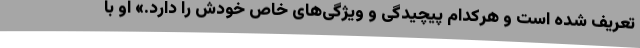
تعریف شده است و هرکدام پیچیدگی و ویژگی‌های خاص خودش را دارد.» او با